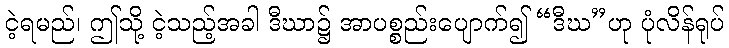
ငဲ့ရမည်၊ ဤသို့ ငဲ့သည့်အခါ ဒီဃာ၌ အာပစ္စည်းပျောက်၍ “ဒီဃ”ဟု ပုံလိန်ရုပ်